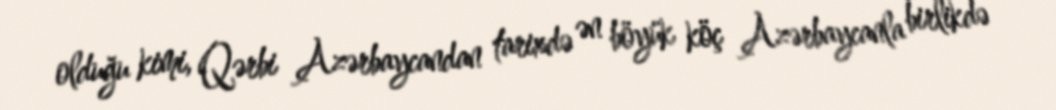
olduğu kimi, Qərbi Azərbaycandan tarixdə ən böyük köç Azərbaycanla birlikdə